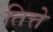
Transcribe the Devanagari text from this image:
तित्ते